Indian journal of veterinary science and animal husbandry - Volumes 22-23, 1952-1953
Year: 1952
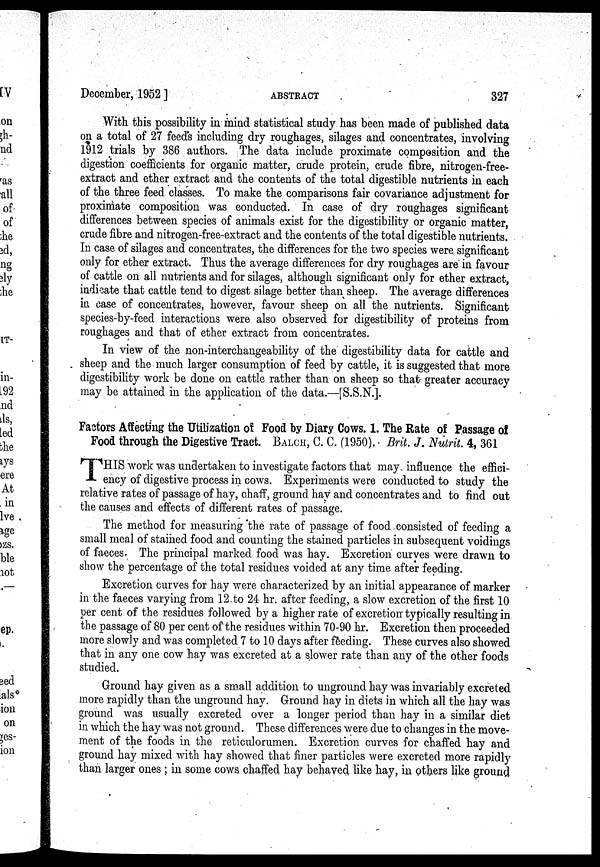
December, 1952 ]
ABSTRACT
327
With this possibility in mind statistical study has been made of published data
on a total of 27 feeds including dry roughages, silages and concentrates, involving
1912 trials by 386 authors. The data include proximate composition and the
digestion coefficients for organic matter, crude protein, crude fibre, nitrogen-free-
extract and ether extract and the contents of the total digestible nutrients in each
of the three feed classes. To make the comparisons fair covariance adjustment for
proximate composition was conducted. In case of dry roughages significant
differences between species of animals exist for the digestibility or organic matter,
crude fibre and nitrogen-free-extract and the contents of the total digestible nutrients.
In case of silages and concentrates, the differences for the two species were significant
only for ether extract. Thus the average differences for dry roughages are in favour
of cattle on all nutrients and for silages, although significant only for ether extract,
indicate that cattle tend to digest silage better than sheep. The average differences
in case of concentrates, however, favour sheep on all the nutrients. Significant
species-by-feed interactions were also observed for digestibility of proteins from
roughages and that of ether extract from concentrates.
In view of the non-interchangeability of the digestibility data for cattle and
sheep and the much larger consumption of feed by cattle, it is suggested that more
digestibility work be done on cattle rather than on sheep so that greater accuracy
may be attained in the application of the data.—[S.S.N.].
Factors Affecting the Utilization of Food by Diary Cows. 1. The Rate of Passage of
Food through the Digestive Tract. BALCH, C. C. (1950). Brit. J. Nutrit. 4, 361
T HIS work was undertaken to investigate factors that may influence the effici-
ency of digestive process in cows. Experiments were conducted to study the
relative rates of passage of hay, chaff, ground hay and concentrates and to find out
the causes and effects of different rates of passage.
The method for measuring the rate of passage of food consisted of feeding a
small meal of stained food and counting the stained particles in subsequent voidings
of faeces. The principal marked food was hay. Excretion curves were drawn to
show the percentage of the total residues voided at any time after feeding.
Excretion curves for hay were characterized by an initial appearance of marker
in the faeces varying from 12 to 24 hr. after feeding, a slow excretion of the first 10
per cent of the residues followed by a higher rate of excretion typically resulting in
the passage of 80 per cent of the residues within 70-90 hr. Excretion then proceeded
more slowly and was completed 7 to 10 days after feeding. These curves also showed
that in any one cow hay was excreted at a slower rate than any of the other foods
studied.
Ground hay given as a small addition to unground hay was invariably excreted
more rapidly than the unground hay. Ground hay in diets in which all the hay was
ground was usually excreted over a longer period than hay in a similar diet
in which the hay was not ground. These differences were due to changes in the move-
ment of the foods in the reticulorumen. Excretion curves for chaffed hay and
ground hay mixed with hay showed that finer particles were excreted more rapidly
than larger ones ; in some cows chaffed hay behaved like hay, in others like ground